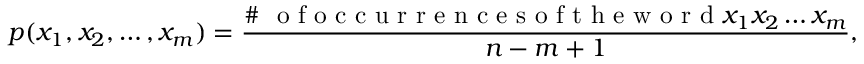
p ( x _ { 1 } , x _ { 2 } , \dots , x _ { m } ) = \frac { \# \ \mathrm { ~ o ~ f ~ o ~ c ~ c ~ u ~ r ~ r ~ e ~ n ~ c ~ e ~ s ~ o ~ f ~ t ~ h ~ e ~ w ~ o ~ r ~ d ~ } x _ { 1 } x _ { 2 } \dots x _ { m } } { n - m + 1 } ,